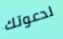
لدعوتك